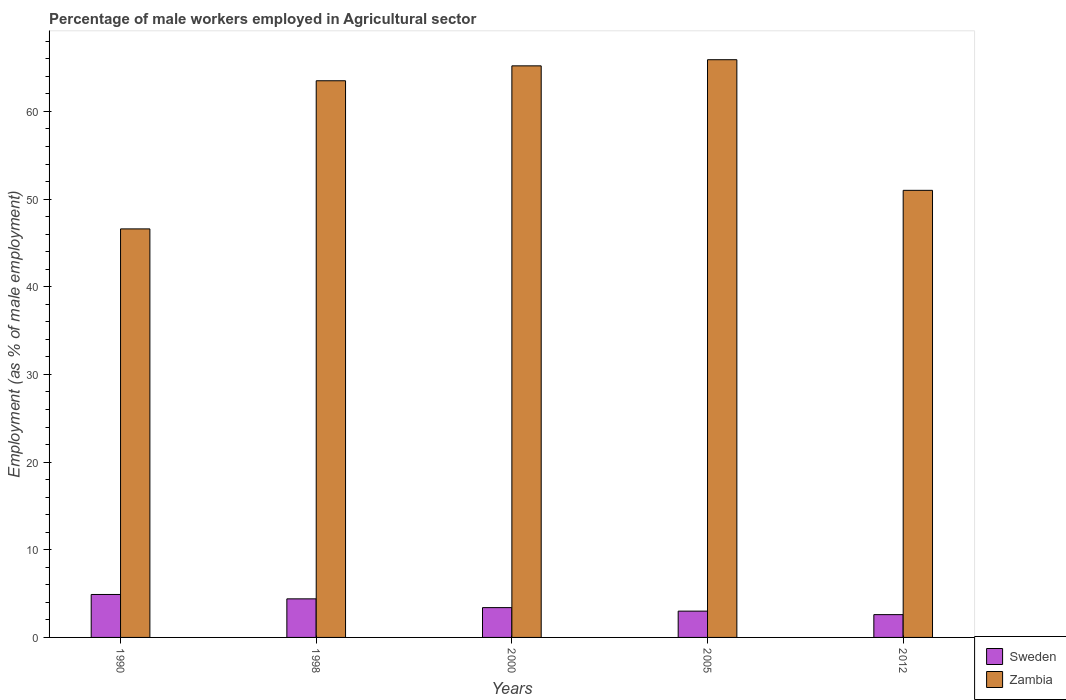
| Years | Sweden | Zambia |
 | --- | --- | --- |
 | 1990 | 4.9 | 46.6 |
 | 1998 | 4.4 | 63.5 |
 | 2000 | 3.4 | 65.2 |
 | 2005 | 3 | 65.9 |
 | 2012 | 2.6 | 51 |